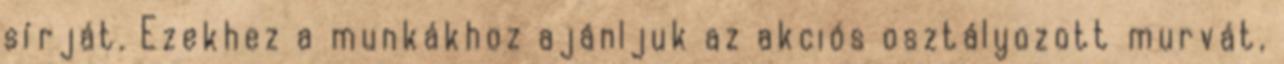
sírját. Ezekhez a munkákhoz ajánljuk az akciós osztályozott murvát,